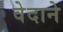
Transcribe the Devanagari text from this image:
वेदाने